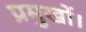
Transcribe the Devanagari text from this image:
प्रमुखों।